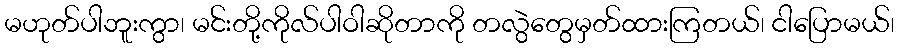
မဟုတ်ပါဘူးကွာ၊ မင်းတို့ကိုလ်ပါဝါဆိုတာကို တလွဲတွေမှတ်ထားကြတယ်၊ ငါပြောမယ်၊